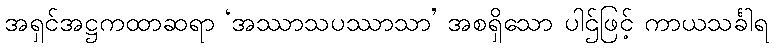
အရှင်အဋ္ဌကထာဆရာ ‘အဿာသပဿာသာ’ အစရှိသော ပါဌ်ဖြင့် ကာယသင်္ခါရ